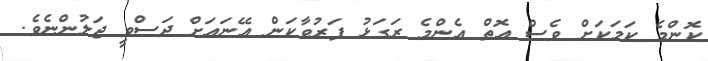
ކޮންމެ ކަމަކަށް ވެސް އޮތް އެންމެ ރަގަޅު ފަރުވާކަން އޭނައަށް ދަސްވީ ޖަލުންނެވެ.